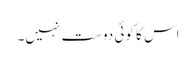
اس کا کوئی دوست نہیں۔